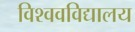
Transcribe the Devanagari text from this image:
विश्ववविद्यालय